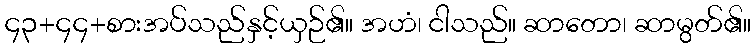
၄၃+၄၄+စားအပ်သည်နှင့်ယှဉ်၏။ အဟံ၊ ငါသည်။ ဆာတော၊ ဆာမွတ်၏။